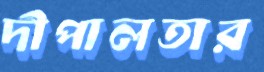
দীপালতার